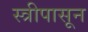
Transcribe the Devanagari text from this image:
स्त्रीपासून